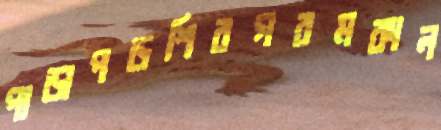
পাড়াপড়শিরগরমকাল